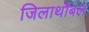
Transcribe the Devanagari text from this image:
जिलाथौबल